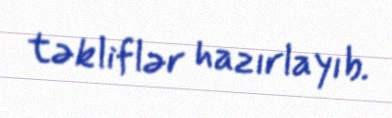
təkliflər hazırlayıb.